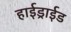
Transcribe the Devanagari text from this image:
हाईड्राईड